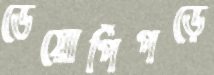
ডেয়োপিঁপড়ে